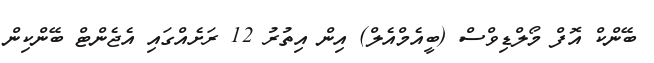
ބޭންކް އޮފް މޯލްޑިވްސް (ބީއެމްއެލް) އިން އިތުރު 12 ރަށެއްގައި އެޖެންޓް ބޭންކިން